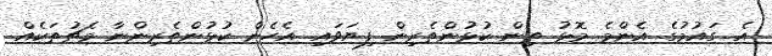
އެ ގައުމުގެ އެންމެ މޮޅު ތިން ކުޅުންތެރިން ފިޔަވައި އެހެން ކުޅުންތެރިންނާ މެޗުތަކެއް